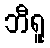
ဘီရူ